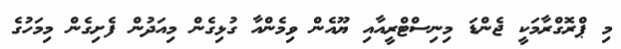
މި ޕްރޮގްރާމަކީ ޖެންޑަ މިނިސްޓްރީއާއި ޔޫއެން ވިމެންއާ ގުޅިގެން މިއަދުން ފެށިގެން މިމަހުގެ